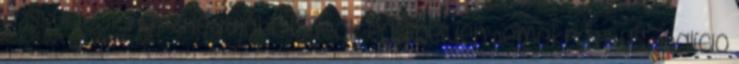
Frissvideók.hu - a legújabb videók egy helyen Demokratikus Koalíció